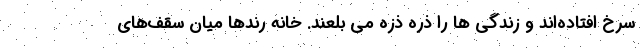
سرخ افتاده‌اند و زندگی ها را ذره ذزه می بلعند. خانه رندها میان سقف‌های